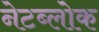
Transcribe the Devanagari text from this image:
नेटब्लोक